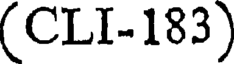
(CLI-183)